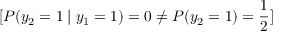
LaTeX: [ P ( y _ { 2 } = 1 \mid y _ { 1 } = 1 ) = 0 \neq P ( y _ { 2 } = 1 ) = { \frac { 1 } { 2 } } ]